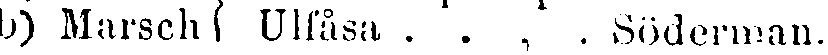
b) Marsch Ulfåsa . . , . Söderman.